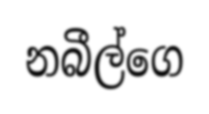
නබීල්ගෙ